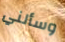
وسألني